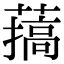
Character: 𦼸